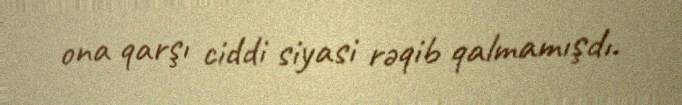
ona qarşı ciddi siyasi rəqib qalmamışdı.